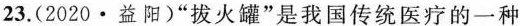
23.(2020·益阳)”拔火罐”是我国传统医疗的一种